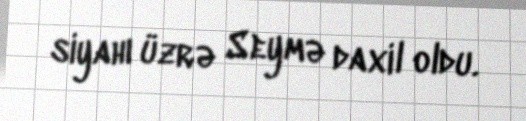
siyahı üzrə Seymə daxil oldu.